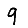
Digit: 9